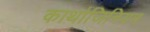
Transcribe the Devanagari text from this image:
कार्थाजिनियन